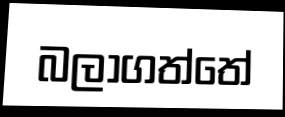
බලාගත්තේ